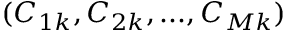
{ ( C _ { 1 k } , C _ { 2 k } , . . . , C _ { M k } ) }